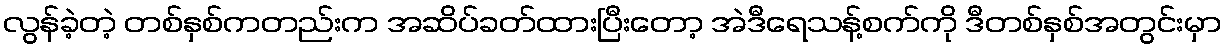
လွန်ခဲ့တဲ့ တစ်နှစ်ကတည်းက အဆိပ်ခတ်ထားပြီးတော့ အဲဒီရေသန့်စက်ကို ဒီတစ်နှစ်အတွင်းမှာ